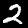
Digit: 2